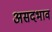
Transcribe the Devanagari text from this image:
असदभाव